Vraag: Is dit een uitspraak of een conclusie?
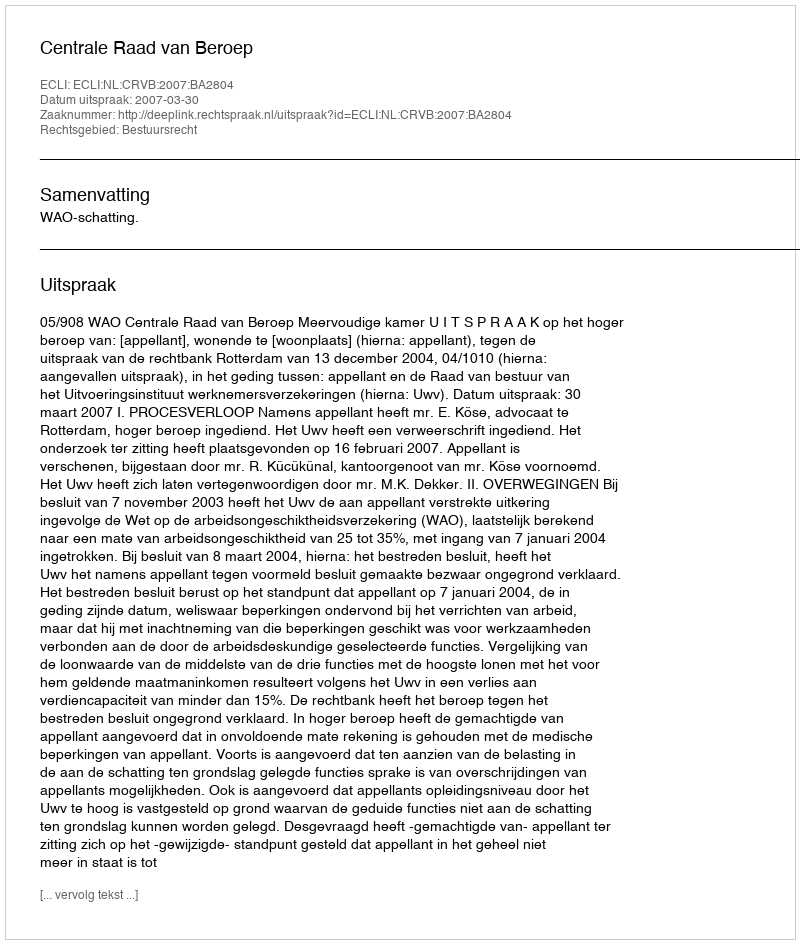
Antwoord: Uitspraak